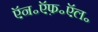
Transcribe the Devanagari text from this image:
ऍन॰ऍफ़॰ऍल॰